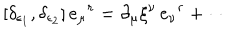
[ \delta _ { \epsilon _ { 1 } } , \delta _ { \epsilon _ { 2 } } ] \, e _ { \mu } { } ^ { r } = \partial _ { \mu } \xi ^ { \nu } \, e _ { \nu } { } ^ { r } + \cdots